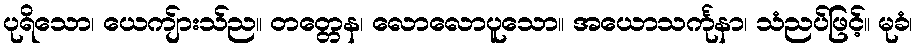
ပုရိသော၊ ယေကျ်ားသ်ည။ တတ္တေန၊ လောလောပူသော။ အယောသင်္ကုနာ၊ သံညပ်ဖြင့်။ မုခံ၊